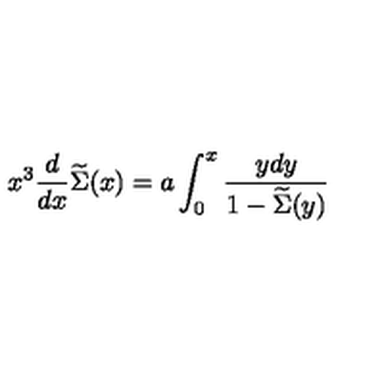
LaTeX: x ^ { 3 } { \frac { d } { d x } } \widetilde \Sigma ( x ) = a \int _ { 0 } ^ { x } { \frac { y d y } { 1 - \widetilde \Sigma ( y ) } }